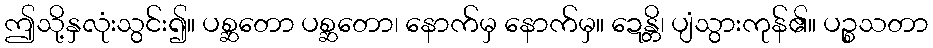
ဤသို့နှလုံးသွင်း၍။ ပစ္ဆတော ပစ္ဆတော၊ နောက်မှ နောက်မှ။ ဍေန္တိ၊ ပျံသွားကုန်၏။ ပဉ္စသတာ